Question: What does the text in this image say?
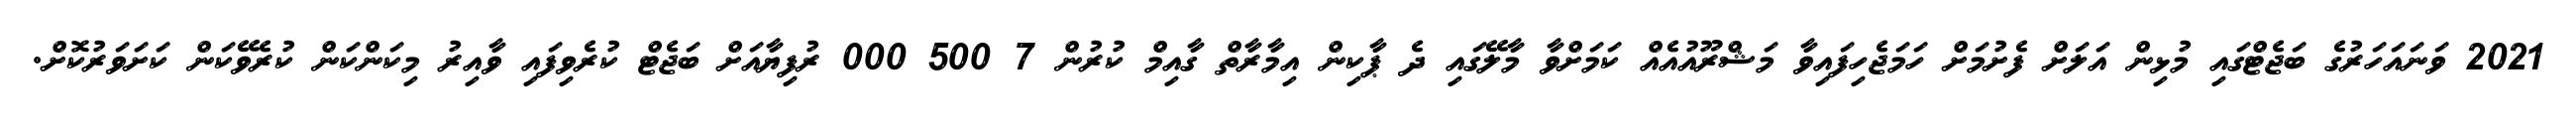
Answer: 2021 ވަނައަހަރުގެ ބަޖެޓްގައި މުޅިން އަލަށް ފެށުމަށް ހަމަޖެހިފައިވާ މަޝްރޫއުއެއް ކަމަށްވާ މާލޭގައި ދެ ޕާކިން އިމާރާތް ގާއިމް ކުރުން 7 500 000 ރުފިޔާއަށް ބަޖެޓް ކުރެވިފައި ވާއިރު މިކަންކަން ކުރެވޭކަން ކަށަވަރުކޮށް.